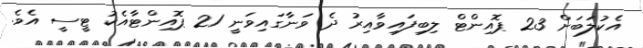
އެކުލަބަށް 23 ޕޮއިންޓް ލިބިފައިވާއިރު ދެ ވަނާގައިވަނީ 21 ޕޮއިންޓާއެކު ޓީސީ އެވެ.